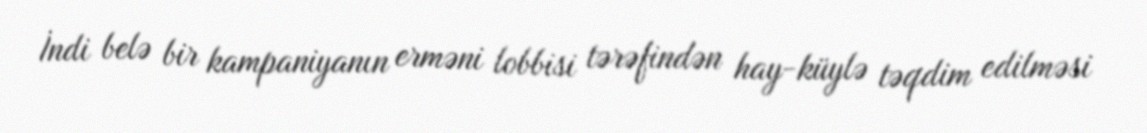
İndi belə bir kampaniyanın erməni lobbisi tərəfindən hay-küylə təqdim edilməsi